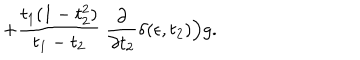
LaTeX: + { \frac { t _ { 1 } ( 1 - t _ { 2 } ^ { 2 } ) } { t _ { 1 } - t _ { 2 } } } ~ { \frac { \partial } { \partial t _ { 2 } } } \delta ( \epsilon , t _ { 2 } ) \Big ) g .